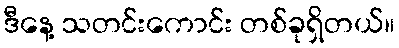
ဒီနေ့ သတင်းကောင်း တစ်ခုရှိတယ်။